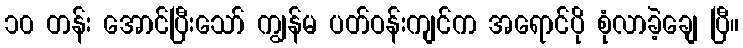
၁၀ တန်း အောင်ပြီးသော် ကျွန်မ ပတ်ဝန်းကျင်က အရောင်ပို စုံလာခဲ့ချေ ပြီ။